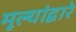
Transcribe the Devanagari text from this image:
मूल्यांद्वारे